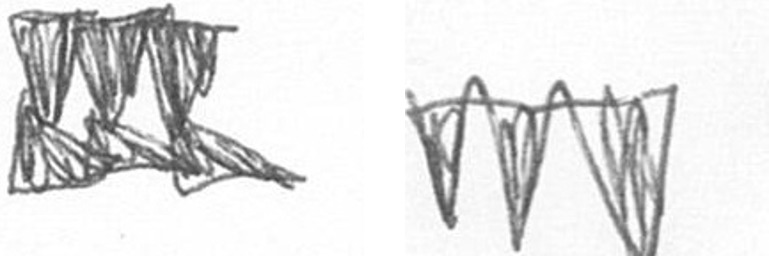
D L